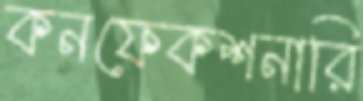
কনফেকশনারি